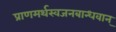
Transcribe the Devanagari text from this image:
प्राणमर्थस्वजनबान्धवान्